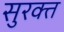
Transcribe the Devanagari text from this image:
सुरक्त